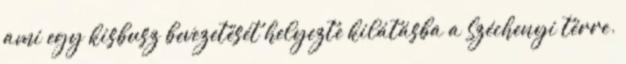
ami egy kisbusz bevezetését helyezte kilátásba a Széchenyi térre.